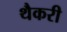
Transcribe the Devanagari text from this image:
थैकरी